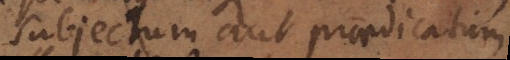
subjectum aut praedicatum